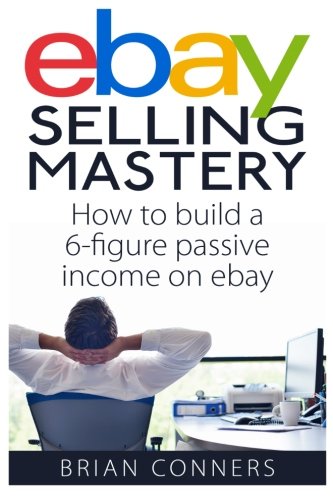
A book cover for Ebay Selling Mastery: How to make $5,000 per month Selling Stuff on Ebay; Brian Conners; Computers & Technology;